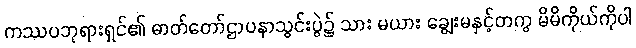
ကဿပဘုရားရှင်၏ ဓာတ်တော်ဌာပနာသွင်းပွဲ၌ သား မယား ချွေးမနှင့်တကွ မိမိကိုယ်ကိုပါ